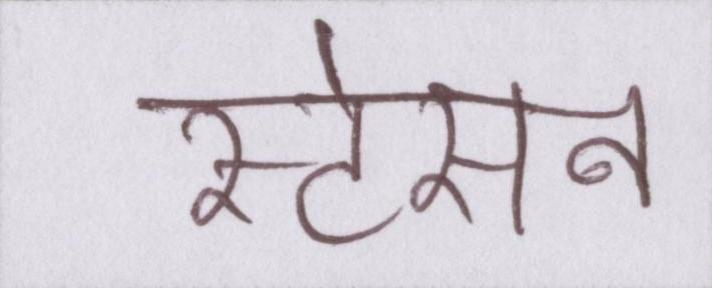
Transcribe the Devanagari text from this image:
स्टेसन